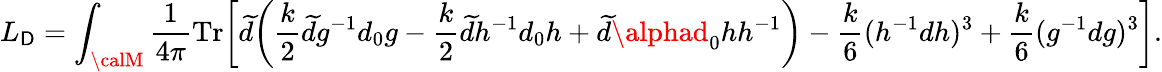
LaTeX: L_{\mathsf{D}}=\int_{\calM}{\frac{{1}}{{4\pi}}}\mathrm{{Tr}}\bigg[\widetilde{{d}}\bigg({\frac{{k}}{{2}}}\widetilde{{d}}g^{-1}d_{0}g-{\frac{{k}}{{2}}}\widetilde{{d}}h^{-1}d_{0}h+\widetilde{{d}}\alphad_{0}hh^{-1}\bigg)-{\frac{{k}}{{6}}}(h^{-1}dh)^{3}+{\frac{{k}}{{6}}}(g^{-1}dg)^{3}\bigg].